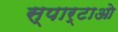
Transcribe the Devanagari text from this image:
स्पार्टाओ